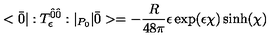
< \bar { 0 } | : T _ { \epsilon } ^ { \hat { 0 } \hat { 0 } } : | _ { P _ { 0 } } | \bar { 0 } > = - \frac { R } { 4 8 \pi } \epsilon \exp ( \epsilon \chi ) \sinh ( \chi )